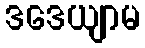
ဒဒေယျာမ